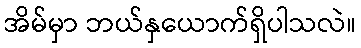
အိမ်မှာ ဘယ်နှယောက်ရှိပါသလဲ။